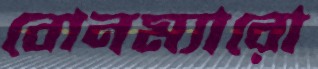
বোনম্যারো